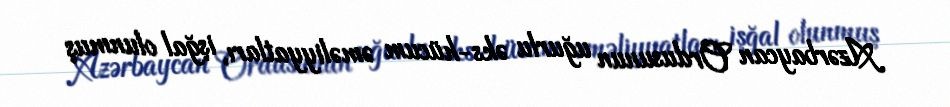
Azərbaycan Ordusunun uğurlu əks-hücum əməliyyatları, işğal olunmuş